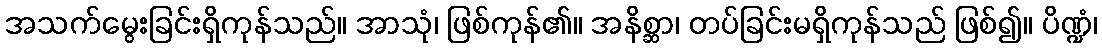
အသက်မွေးခြင်းရှိကုန်သည်။ အာသုံ၊ ဖြစ်ကုန်၏။ အနိစ္ဆာ၊ တပ်ခြင်းမရှိကုန်သည် ဖြစ်၍။ ပိဏ္ဍံ၊